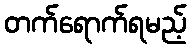
တက်ရောက်ရမည့်